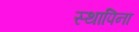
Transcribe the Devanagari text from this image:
स्थापिना